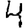
Digit: 4